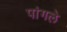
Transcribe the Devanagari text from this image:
पांगले